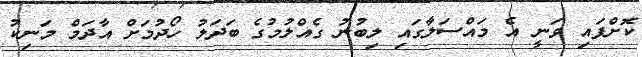
ކޮށްފައި ވަނީ އެ މައްސަލާގައި ލިބުނު ގެއްލުމުގެ ބަދަލު ހޯދުމަށް އާދަމް މަނިކު